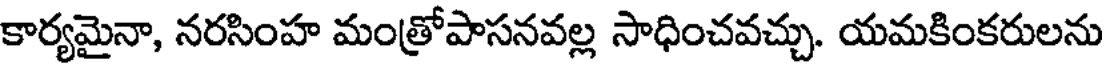
కార్యమైనా, నరసింహ మంత్రోపాసనవల్ల సాధించవచ్చు. యమకింకరులను